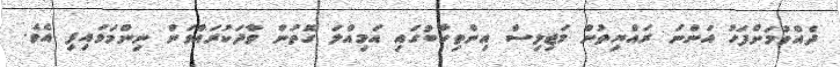
ދެއްވުމަށްފަހު އަންނަ ރައްޔިތުން މަޖިލިސް އިންތިހާބުގައި އަމިއްލަ ގޮތުން ވާދަކުރައްވަން ނިންމަވައިފި އެވެ.